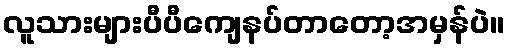
လူသားများပီပီကျေနပ်တာတော့အမှန်ပဲ။